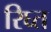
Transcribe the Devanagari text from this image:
रिघ्त